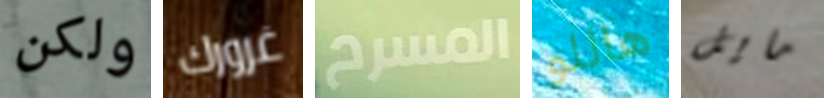
ولكن غرورك المسرح هاللو مايل